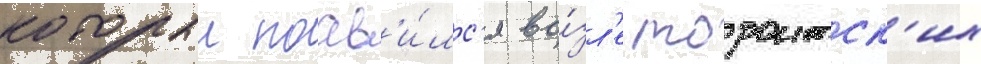
которыи поав'и́лс'я во́зл'е торонтск'их